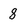
Character: 8